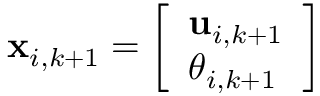
\mathbf { x } _ { i , k + 1 } = \left[ \begin{array} { l } { \mathbf { u } _ { i , k + 1 } } \\ { \theta _ { i , k + 1 } } \end{array} \right]